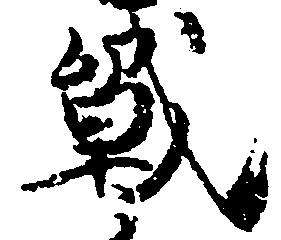
戦